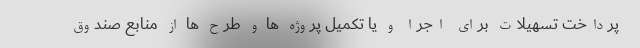
پرداخت تسهیلات برای اجرا و یا تکمیل پروژه ها و طرح ها از منابع صندوق